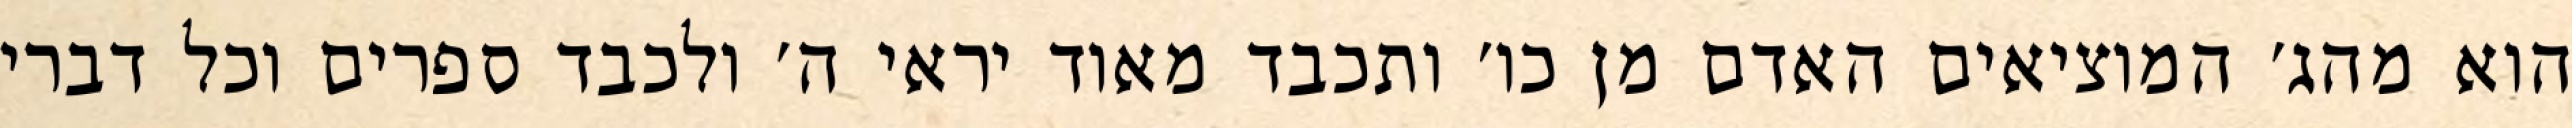
הוא מהג׳ המוציאים האדם מן כו׳ ותכבד מאוד יראי ה׳ ולכבד ספרים וכל דברי